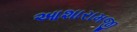
આશારામજી